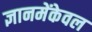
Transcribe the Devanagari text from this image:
ज्ञानमेंकेवल